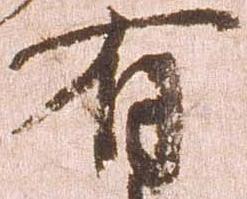
有